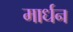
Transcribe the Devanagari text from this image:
मार्धन